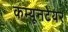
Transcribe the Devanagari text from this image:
कम्यूनटेयर